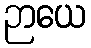
ဉာယေ